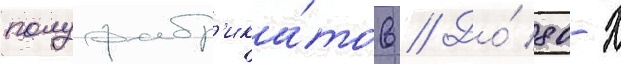
полуфабр'ика́тов // До́ 80-х